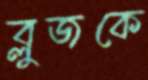
ব্লুজকে